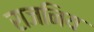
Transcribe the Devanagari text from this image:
राजनिय